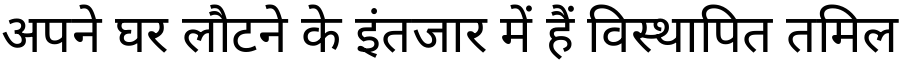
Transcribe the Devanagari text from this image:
अपने घर लौटने के इंतजार में हैं विस्थापित तमिल